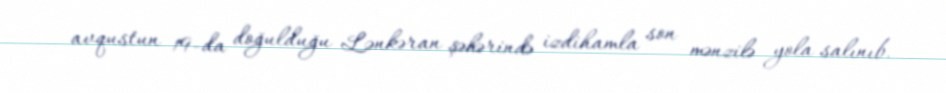
avqustun 19-da doğulduğu Lənkəran şəhərində izdihamla son mənzilə yola salınıb.